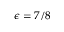
\epsilon = 7 / 8